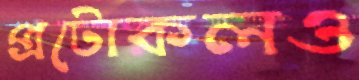
প্রটোকলও